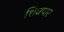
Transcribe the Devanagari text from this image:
शिवपार